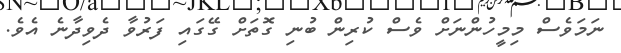
ނަމަވެސް މިމީހުންނަށް ވެސް ކުރިން ބުނި ގޮތަށް ގޭގައި ފަރުވާ ދެވިދާނެ އެވެ.